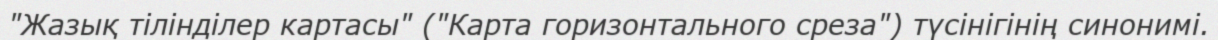
"Жазық тілінділер картасы" ("Карта горизонтального среза") түсінігінің синонимі.